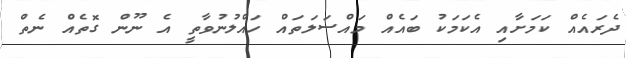
ދެރައެއް ކަމަށާއި އެކަމަކު ބައެއް މައްސަލަތައް ހައްލުނުވާތީ އެ ނޫން ގޮތެއް ނެތް